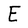
Character: E